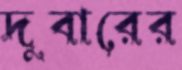
দুবারের